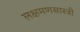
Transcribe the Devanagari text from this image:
लक्षमणसास्त्री